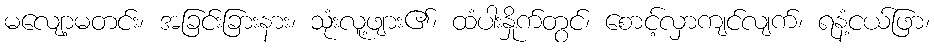
မလျော့မတင်း၊ အခြင်းခြားနား၊ သုံးလူ့ဖျား၏၊ ထံပါးနှိုက်တွင်၊ စောင့်လှာကျင်လျက်၊ ရနံ့ငယ်ဖြာ၊